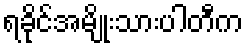
ရခိုင်အမျိုးသားပါတီက